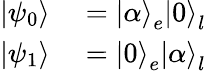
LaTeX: \begin{array}{rl}{\left|\psi_{0}\right\rangle}&{{}=\left|\alpha\right\rangle_{e}\left|0\right\rangle_{l}}\\ {\left|\psi_{1}\right\rangle}&{{}=\left|0\right\rangle_{e}\left|\alpha\right\rangle_{l}}\end{array}